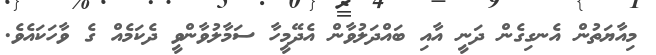
މިއާޔަތުން އެނގިގެން ދަނީ އާއި ބައްދަލުވާން އެދޭމީހާ ސަމާލުވާންވީ ދެކަމެއް ގެ ވާހަކައެވެ.